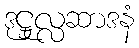
ဒုဋ္ဌုလ္လဆာဒနံ